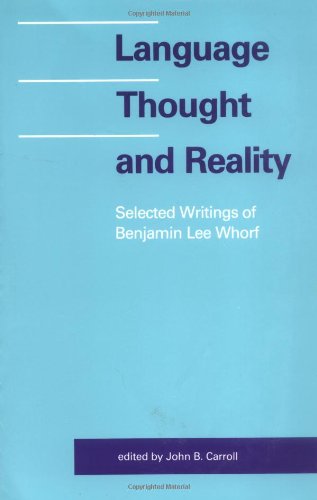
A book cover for Language, Thought, and Reality: Selected Writings of Benjamin Lee Whorf; Benjamin Lee Whorf; Reference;